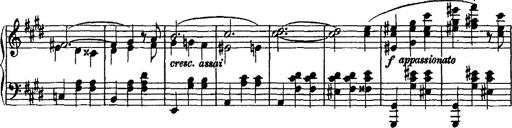
Title: Valse mÃ©lancolique
Composer: Paul Vidal
Key: F-sharp minor